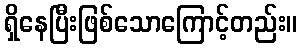
ရှိနေပြီးဖြစ်သောကြောင့်တည်း။